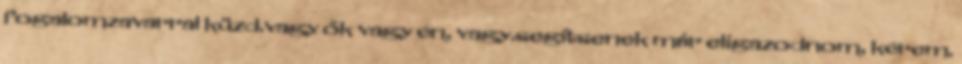
fogalomzavarral küzd.vagy ők vagy én, vagy.segítsenek már eligazodnom, kérem.